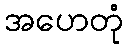
အဟေတုံ